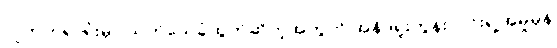
သူကတရာရုံးမှာ သက်သေခံထွက်ဆိုတဲ့အတွက် အန်ဒရူးကွန်းလင်းရဲ့အမှုမှန်